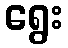
ရွေး